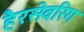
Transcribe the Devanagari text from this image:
हैरसेवरिग